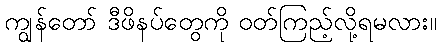
ကျွန်တော် ဒီဖိနပ်တွေကို ဝတ်ကြည့်လို့ရမလား။